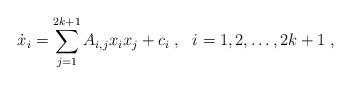
LaTeX: \begin{align*} \dot x_i = \sum_{j=1}^{2k+1} A_{i,j} x_i x_j+c_i\;, \ \ i=1,2, \dots , 2k+1 \; ,\end{align*}